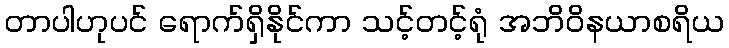
တာပါဟုပင် ရောက်ရှိနိုင်ကာ သင့်တင့်ရုံ အဘိဝိနယာစရိယ